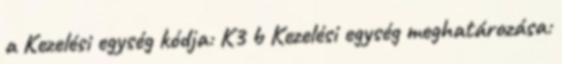
a Kezelési egység kódja: K3 b Kezelési egység meghatározása: